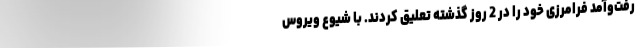
رفت‌وآمد فرامرزی خود را در 2 روز گذشته تعلیق کردند. با شیوع ویروس